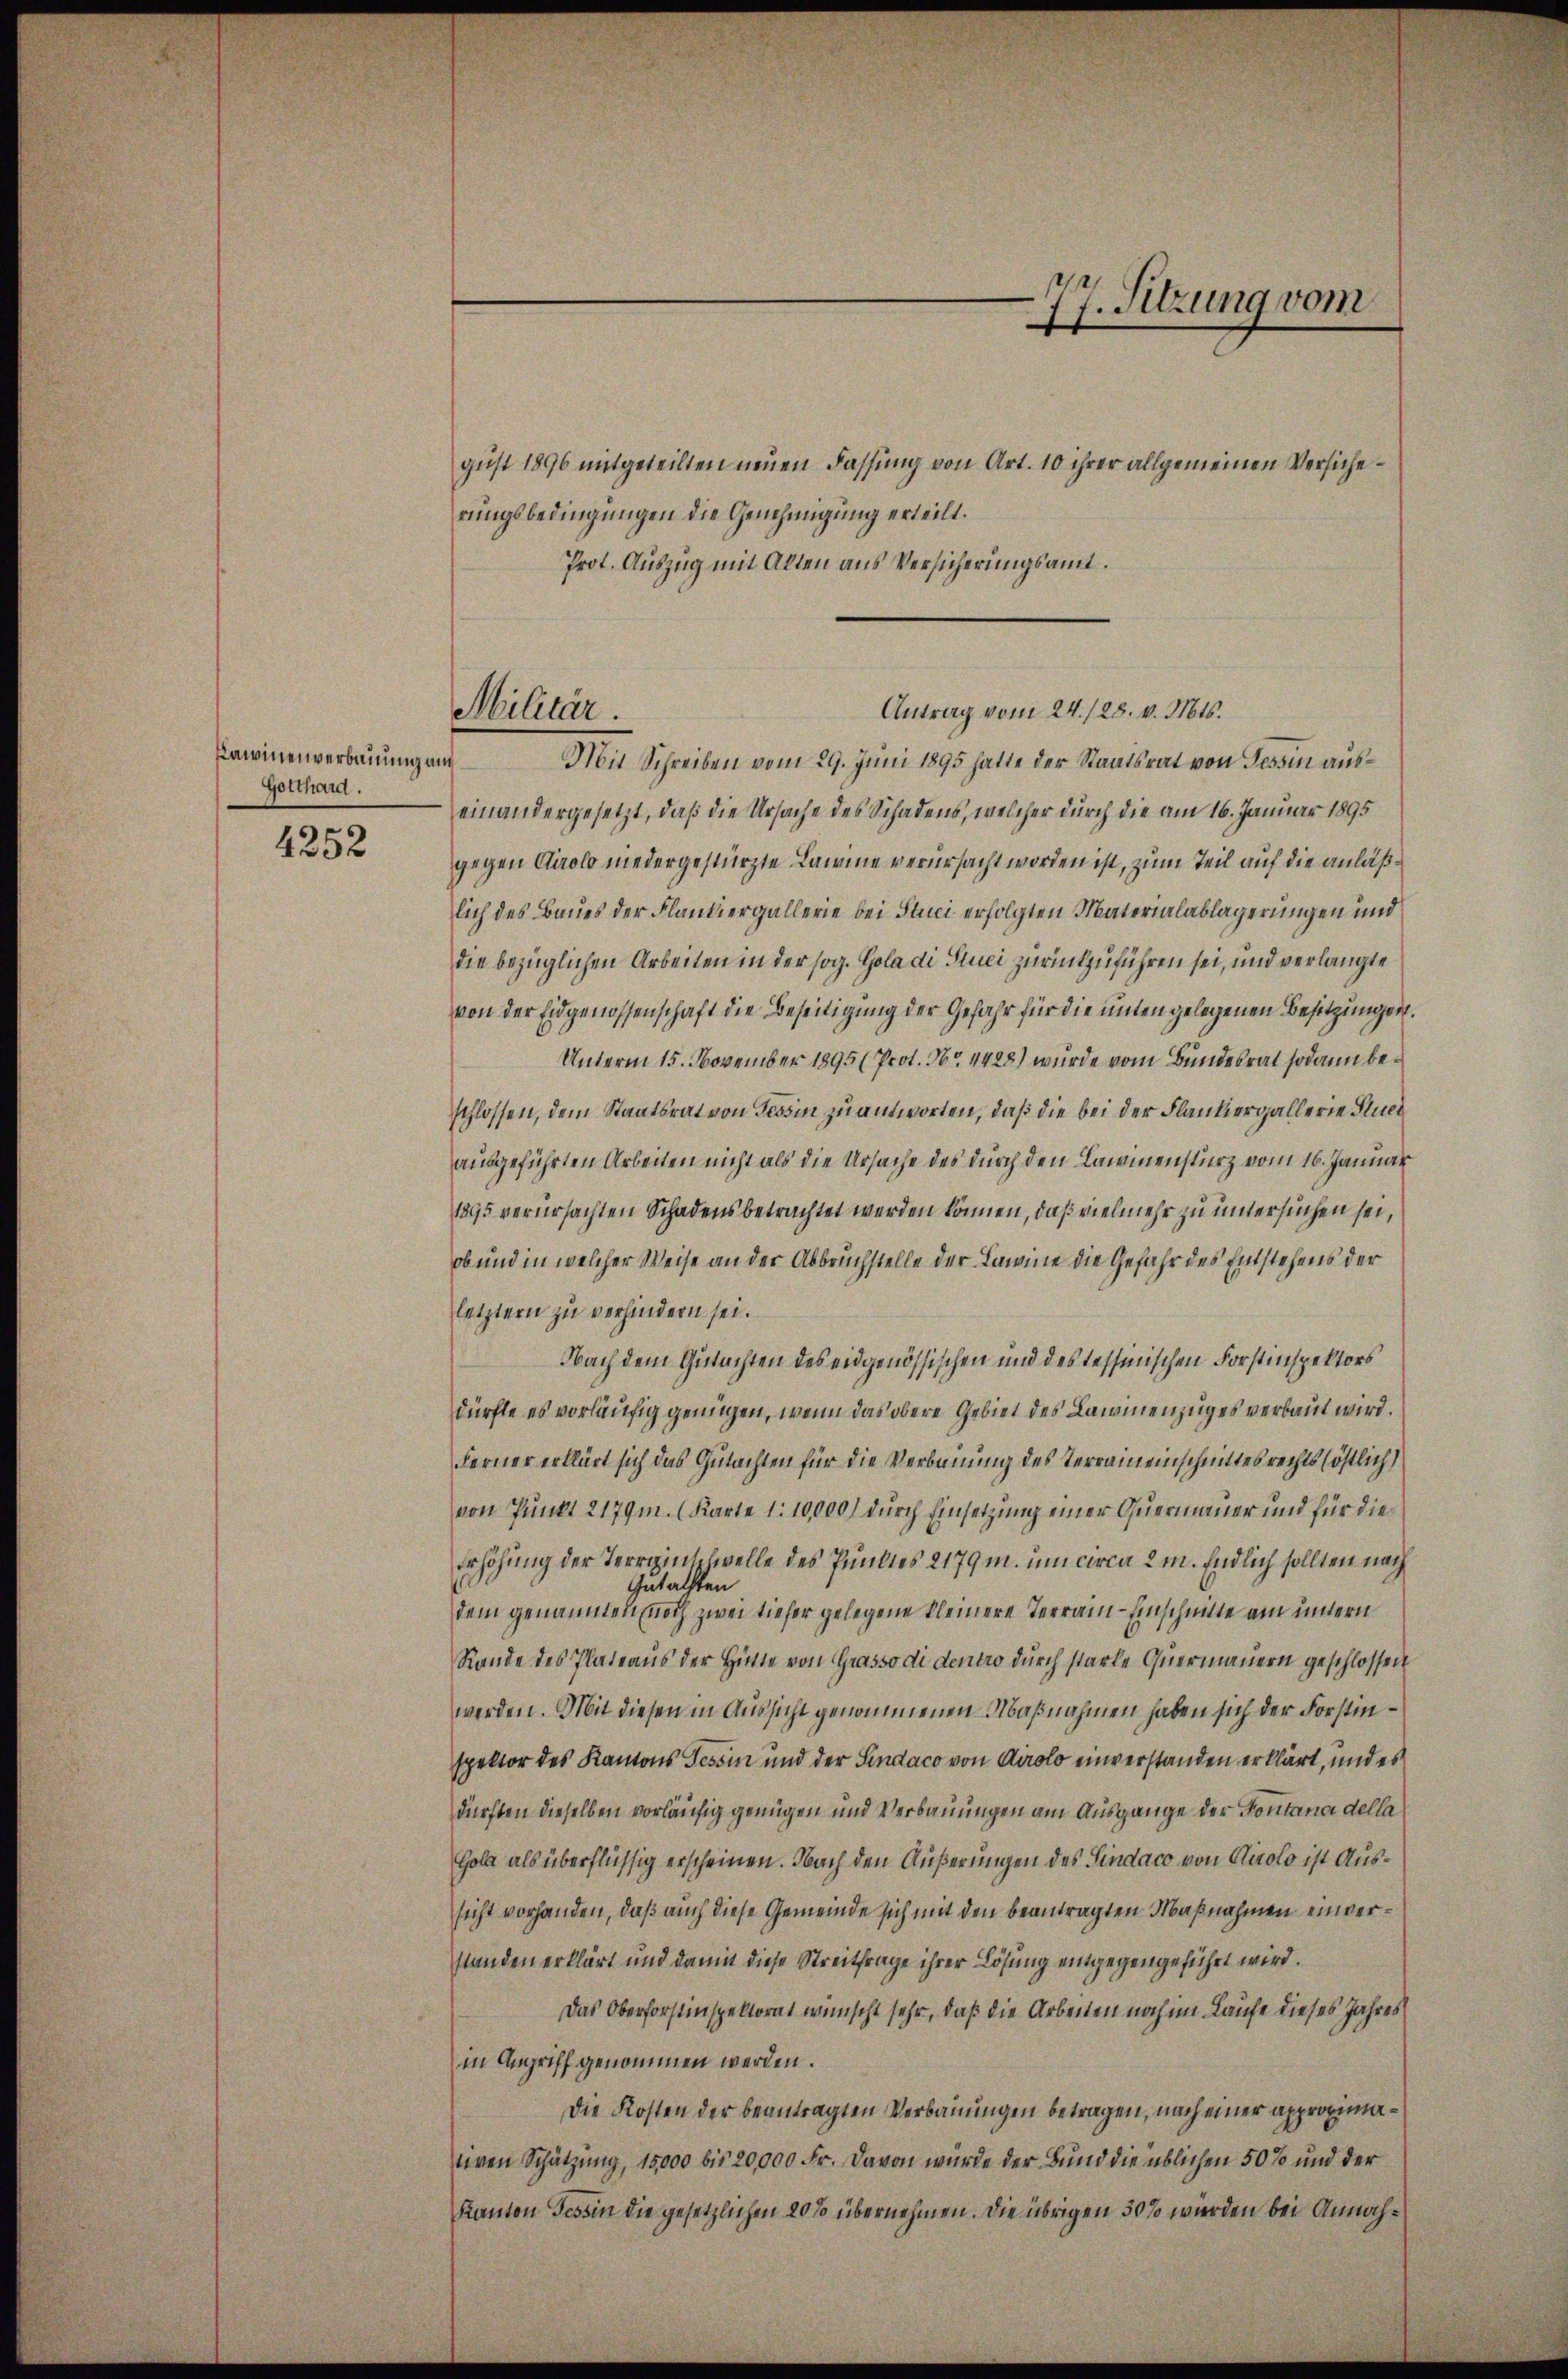
Kawinenverbauung auf
Gotthard.

4252

gust 1896 mitgeteilten neuen Fassung von Art. 10 ihrer allgemeinen Versicherungsbedingungen die Genehmigung erteilt.
Prot. Auszug mit Allen aus Versicherungsamt.
Antrag vom 24. 128. v. Mts.
Mit Schreiben vom 29. Juni 1895 hatte der Staatsrat von Tessin auseinandergesetzt, daß die Ursache des Schadens, welcher durch die am 16. Januar 1895
gegen Airolo niedergestürzte Lateine verursacht worden ist, zum Teil auf die anläßlich des Baues der Flantiergallerie bei Stuci erfolgten Materialablagerungen und
die bezüglichen Arbeiten in der sog. Gola di Stuci zurückzuführen sei, und verlangte
von der Eidgenossenschaft die Beseitigung der Gefahr für die unten gelegenen Besitzungen.
Unterm 15. November 1895 (Prot. No. 4428) wurde vom Bundesrat sodann beschlossen, dem Staatsrat von Tessin zu antworten, daß die bei der Flammergallerie Fluch
ausgeführten Arbeiten nicht als die Ursache des durch den Lammensturz vom 16. Januar
1895 verursachten Schadens betrachtet werden können, daß vielmehr zu untersuchen sei,
ob und in welcher Weise an der Abbruchstelle der Lawine die Gefahr des Entstehens der
letztern zu verhindern sei.
Nach dem Gutachten des eidgenössischen und des Tessinischen Forstinspektors
dürfte es vorläufig genügen, wenn das obere Gebiet des Lawinenzuges verbaut wird.
Ferner erklärt sich das Gutachten für die Verbauung des Terraineinschnittes rechts (östlich
von Punkt 2179m. (Karte 1:10,000) durch Einsetzung einer Quermauer und für die
Erhöhung der Terrainschwelle des Punktes 2179 m. um circa 2 m. Endlich sollten nach
Gutachten
dem genannten noch zwei tiefer gelegene kleinere Terrain - Einschnitte am untern
Rande des Plateaus der Hinte von Grasso di dentro durch starke Quermauern geschlossen
werden. Mit diesen in Aussicht genommenen Maßnahmen haben sich der Forstinspektor des Kantons Tessin und der Sindaco von Airolo einverstanden erklärt, und es
dürften dieselben vorläufig genügen und Verbauungen am Ausgange der Kontana della
Gola als überflüssig erscheinen. Nach den Äußerungen des Sindaco von Airolo ist Aussicht vorhanden, daß auch diese Gemeinde sich mit den beantragten Maßnahmen einverstanden erklärt und damit diese Streitfrage ihrer Lösung eingegengeführt wird.
Das Oberforstinspektorat wünscht sehr, daß die Arbeiten noch im Laufe dieses Jahres
in Angriff genommen werden.
Die Kosten der beantragten Verbauungen betragen, nach einer approximativen Schätzung, 15000 bis 20,000 Fr. Davon wurde der Bund die üblichen 50% und der
Kanton Tessin die gesetzlichen 20 so übernehmen. Die übrigen 30 so werden bei Annah¬

Militär.

77. Sitzung vom